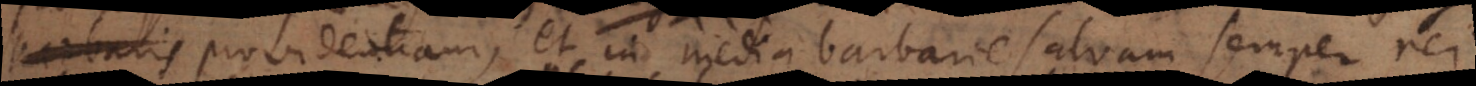
gentibus providentiam, et in media barbarie salvam semper rei